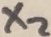
Text: X2